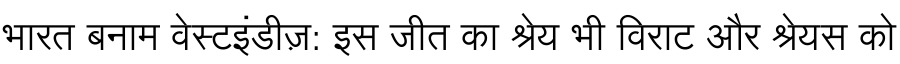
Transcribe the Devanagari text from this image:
भारत बनाम वेस्टइंडीज़: इस जीत का श्रेय भी विराट और श्रेयस को